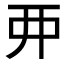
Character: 𫝁